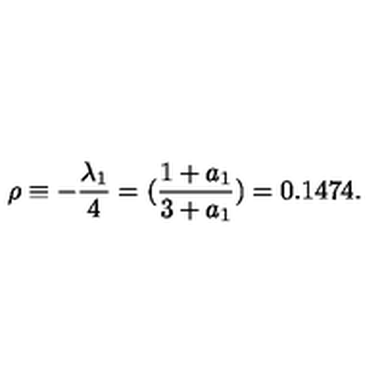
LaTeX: \rho \equiv - \frac { \lambda _ { 1 } } { 4 } = ( \frac { 1 + a _ { 1 } } { 3 + a _ { 1 } } ) = 0 . 1 4 7 4 .